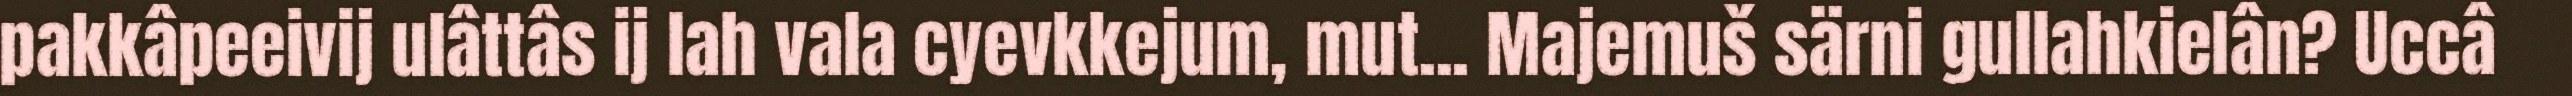
pakkâpeeivij ulâttâs ij lah vala cyevkkejum, mut... Majemuš särni gullahkielân? Uccâ